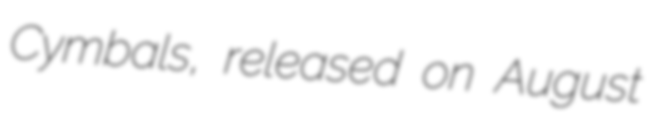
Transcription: Cymbals, released on August